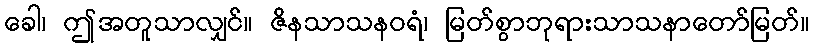
ခေါ၊ ဤအတူသာလျှင်။ ဇိနသာသနဝရံ၊ မြတ်စွာဘုရားသာသနာတော်မြတ်။